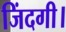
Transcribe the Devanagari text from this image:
जिंदगी।